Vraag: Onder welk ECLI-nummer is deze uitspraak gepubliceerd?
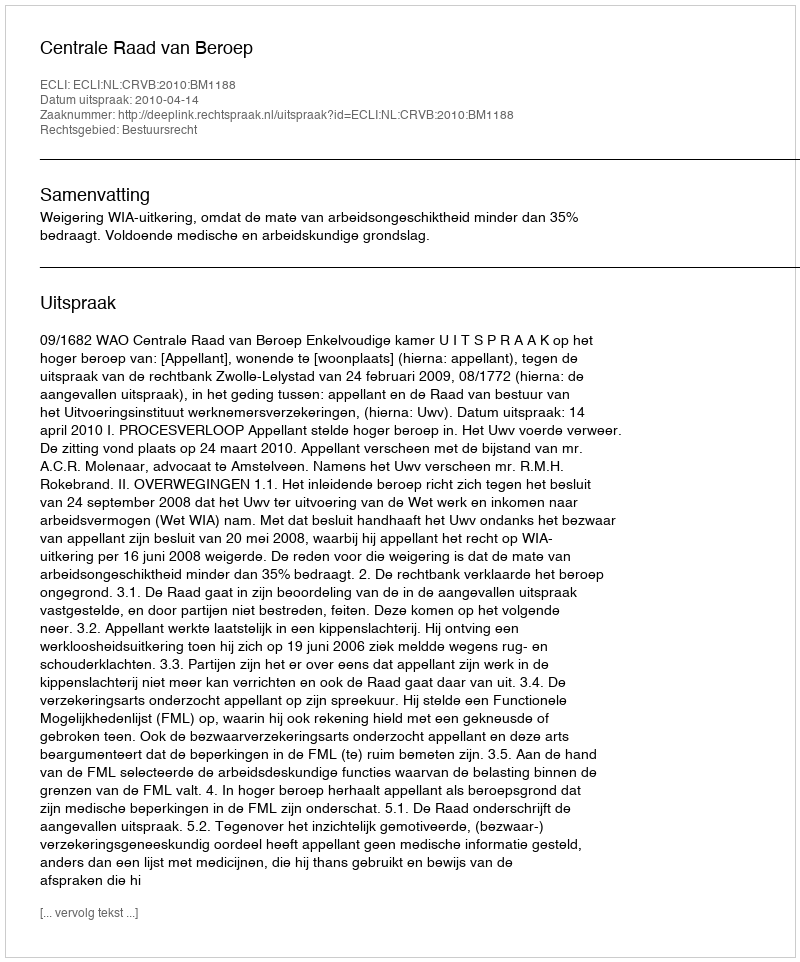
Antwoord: ECLI:NL:CRVB:2010:BM1188